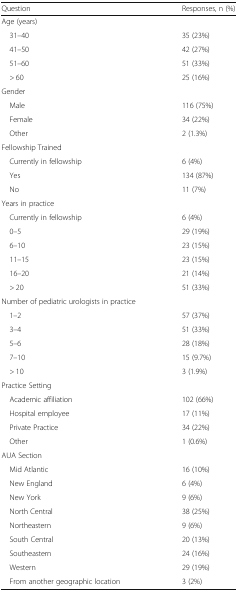
| Question | Responses, n (%) |
 | --- | --- |
 | <COLSPAN=2> Age (years) |
 | 31–40 | 35 (23%) |
 | 41–50 | 42 (27%) |
 | 51–60 | 51 (33%) |
 | > 60 | 25 (16%) |
 | <COLSPAN=2> Gender |
 | Male | 116 (75%) |
 | Female | 34 (22%) |
 | Other | 2 (1.3%) |
 | <COLSPAN=2> Fellowship Trained |
 | Currently in fellowship | 6 (4%) |
 | Yes | 134 (87%) |
 | No | 11 (7%) |
 | <COLSPAN=2> Years in practice |
 | Currently in fellowship | 6 (4%) |
 | 0–5 | 29 (19%) |
 | 6–10 | 23 (15%) |
 | 11–15 | 23 (15%) |
 | 16–20 | 21 (14%) |
 | > 20 | 51 (33%) |
 | <COLSPAN=2> Number of pediatric urologists in practice |
 | 1–2 | 57 (37%) |
 | 3–4 | 51 (33%) |
 | 5–6 | 28 (18%) |
 | 7–10 | 15 (9.7%) |
 | > 10 | 3 (1.9%) |
 | <COLSPAN=2> Practice Setting |
 | Academic affiliation | 102 (66%) |
 | Hospital employee | 17 (11%) |
 | Private Practice | 34 (22%) |
 | Other | 1 (0.6%) |
 | <COLSPAN=2> AUA Section |
 | Mid Atlantic | 16 (10%) |
 | New England | 6 (4%) |
 | New York | 9 (6%) |
 | North Central | 38 (25%) |
 | Northeastern | 9 (6%) |
 | South Central | 20 (13%) |
 | Southeastern | 24 (16%) |
 | Western | 29 (19%) |
 | From another geographic location | 3 (2%) |